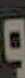
و